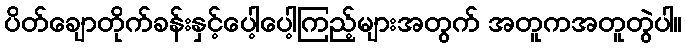
ပိတ်ချောတိုက်ခန်းနှင့်ပေါ့ပေါ့ကြည့်များအတွက် အတူကအတူတွဲပါ။